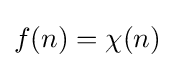
f(n)=\chi (n)